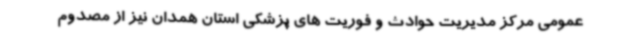
عمومی مرکز مدیریت حوادث و فوریت های پزشکی استان همدان نیز از مصدوم